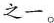
之一。